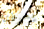
يعرفنا